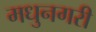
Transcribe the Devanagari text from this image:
मधुनगरी